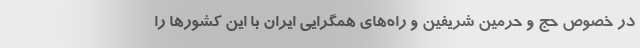
در خصوص حج و حرمین شریفین و راه‌های همگرایی ایران با این کشورها را